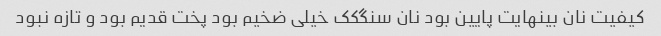
کیفیت نان بینهایت پایین بود نان سنگکک خیلی ضخیم بود پخت قدیم بود و تازه نبود